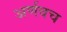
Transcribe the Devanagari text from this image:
अर्णवच